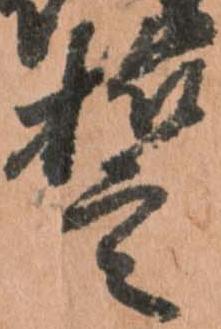
誓